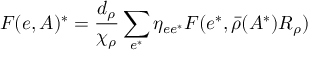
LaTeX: F ( e , A ) ^ { * } = \frac { d _ { \rho } } { \chi _ { \rho } } \sum _ { e ^ { * } } \eta _ { e e ^ { * } } F ( e ^ { * } , \bar { \rho } ( A ^ { * } ) R _ { \rho } )